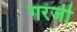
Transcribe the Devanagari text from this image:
गरंजी